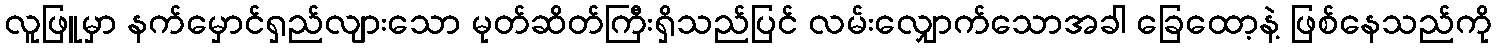
လူဖြူမှာ နက်မှောင်ရှည်လျားသော မုတ်ဆိတ်ကြီးရှိသည်ပြင် လမ်းလျှောက်သောအခါ ခြေထော့နဲ့ ဖြစ်နေသည်ကို